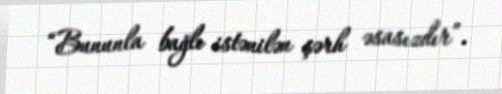
“Bununla bağlı istənilən şərh əsasızdır”.